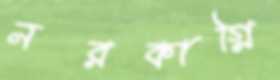
নরকাগ্নি